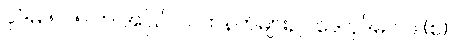
ပုဒ်မ ၅၀၅ က အပြင် လက်နက်များဥပဒေ ပုဒ်မ ၁၉ (စ)၊